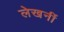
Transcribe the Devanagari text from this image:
लेखनीं